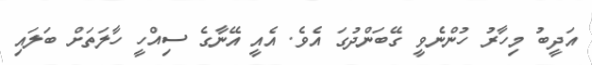
އަދީބު މިހާރު ހުންނެވީ ގޭބަންދުގަ އެވެ. އެއީ އޭނާގެ ސިއްހީ ހާލަތަށް ބަލައި